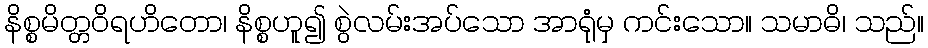
နိစ္စမိတ္တဝိရဟိတော၊ နိစ္စဟူ၍ စွဲလမ်းအပ်သော အာရုံမှ ကင်းသော။ သမာဓိ၊ သည်။